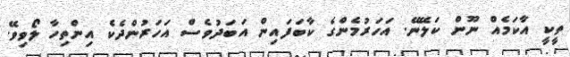
ތީކީ އާކަމެއް ނޫން ކަލޭނޭ. އަހަރުމެންގެ ކާބަފައިން އަބަދުވެސް އަހަރުންދެކެ އިންތިހާ ލޯވިވޭ.